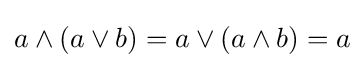
a\land (a\lor b)=a\lor (a\land b)=a